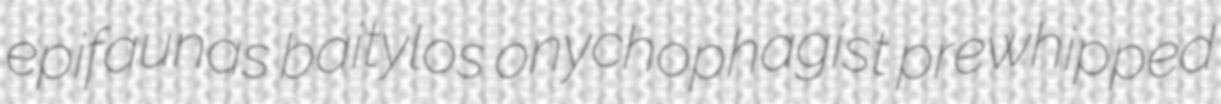
epifaunas baitylos onychophagist prewhipped